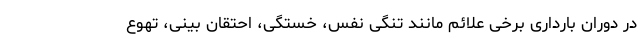
در دوران بارداری برخی علائم مانند تنگی نفس، خستگی، احتقان بینی، تهوع